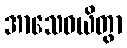
အာသေဝယိတွာ